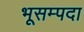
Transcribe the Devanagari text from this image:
भूसम्पदा